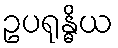
ဥပရုန္ဓိယ